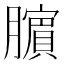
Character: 𬛜